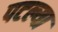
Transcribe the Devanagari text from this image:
पटल्या